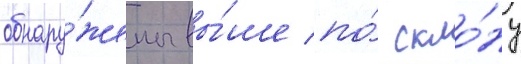
обнару́жены вы́ше по́ скло́ну